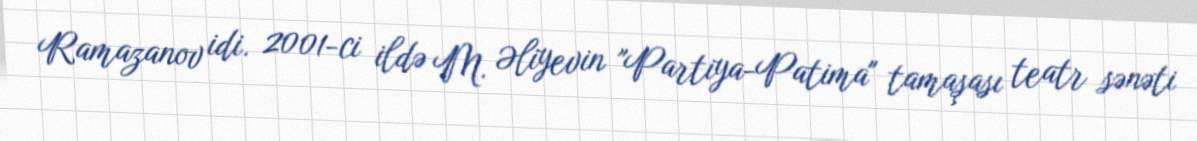
Ramazanov idi. 2001-ci ildə M. Əliyevin "Partiya-Patima" tamaşası teatr sənəti